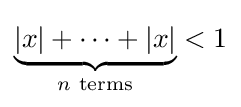
\underbrace {\left|x\right|+\cdots +\left|x\right|} _{n{\text{ terms}}}<1